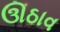
ઊઠાવ